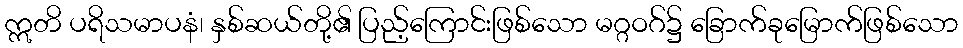
ဣတိ ပရိသမာပနံ၊ နှစ်ဆယ်တို့၏ ပြည့်ကြောင်းဖြစ်သော မဂ္ဂဝဂ်၌ ခြောက်ခုမြောက်ဖြစ်သော